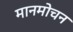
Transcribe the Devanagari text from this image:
मानमोचन